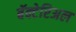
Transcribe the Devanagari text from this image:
बॅक्टेरिअल